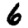
Digit: 6